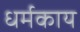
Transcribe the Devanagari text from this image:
धर्मकाय